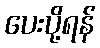
ပေးပို့ရန်